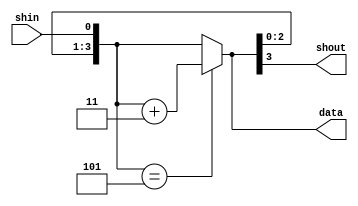
`timescale 1ns / 1ps


module bcd_conv_basis(shin,data,shout);
input shin;
output reg[3:0] data;
output reg shout;
	 
reg [3:0] buffer;

initial
begin
buffer=4'b0000;
end

always @ (*)
begin
	buffer=buffer<<1;
	buffer[0]=shin;

	if(buffer==4'b0101)
		buffer=buffer+4'b0011;
	shout=buffer[3];
	data=buffer;
end

endmodule